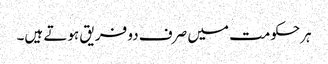
ہرحکومت میں صرف دو فریق ہوتے ہیں۔